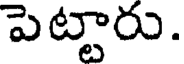
పెట్టారు.